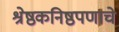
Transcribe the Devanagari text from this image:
श्रेष्ठकनिष्ठपणाचे